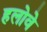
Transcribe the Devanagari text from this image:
हलोवे